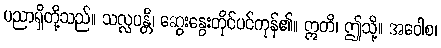
ပညာရှိတို့သည်။ သလ္လပန္တိ၊ ဆွေးနွေးတိုင်ပင်ကုန်၏။ ဣတိ၊ ဤသို့။ အဝေါစ၊